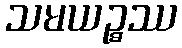
သမယဉ္စဿ